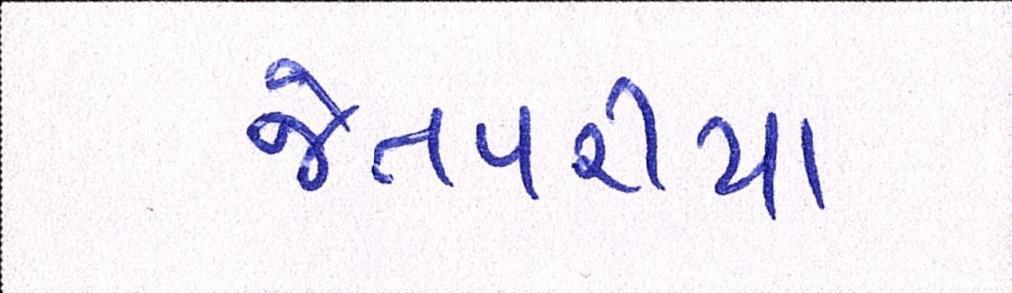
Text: જેતપરીયા